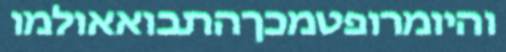
והיומרופטמכךהתבואאולמו